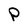
Character: P